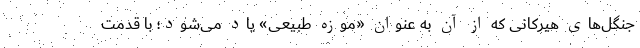
جنگل‌های هیرکانی که از آن به عنوان «موزه طبیعی» یاد می‌شود؛ با قدمت